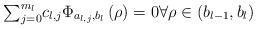
LaTeX: \begin{align*}{\textstyle\sum\nolimits_{j=0}^{m_{l}}}c_{l,j}\Phi_{a_{l,j},b_{l}}\left( \rho\right) =0 \forall \rho\in\left( b_{l-1},b_{l}\right) \end{align*}